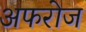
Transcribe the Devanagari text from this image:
अफरोज